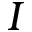
I